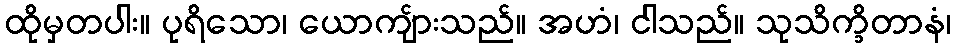
ထိုမှတပါး။ ပုရိသော၊ ယောကျ်ားသည်။ အဟံ၊ ငါသည်။ သုသိက္ခိတာနံ၊